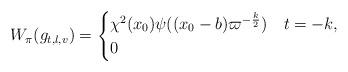
LaTeX: \begin{align*}W_{\pi}(g_{t,l,v}) = \begin{cases} \chi^2(x_0)\psi((x_0-b)\varpi^{-\frac{k}{2}}) & t=-k,\\0 &\end{cases} \end{align*}